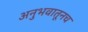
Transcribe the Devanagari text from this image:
अनुभवातूनच